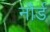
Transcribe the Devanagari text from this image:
नौर्ड